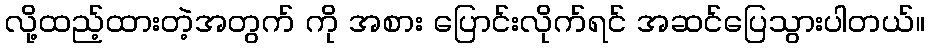
လို့ထည့်ထားတဲ့အတွက် ကို အစား ပြောင်းလိုက်ရင် အဆင်ပြေသွားပါတယ်။